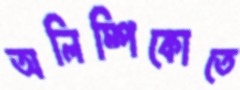
অলিম্পিকোতে